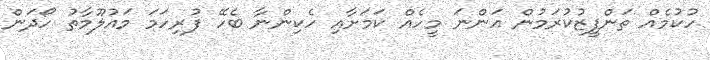
ހުކުމެއް ތަންފީޒުކުރަމުން އަންނަ މީހެއް ކަމަށާއި ހެކިންނާ ބެހޭ ފުރިހަމަ މައުލޫމާތު ހޯދަން